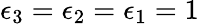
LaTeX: \epsilon_{3}=\epsilon_{2}=\epsilon_{1}=1